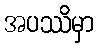
အပဿိမှာ